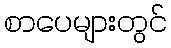
စာပေများတွင်